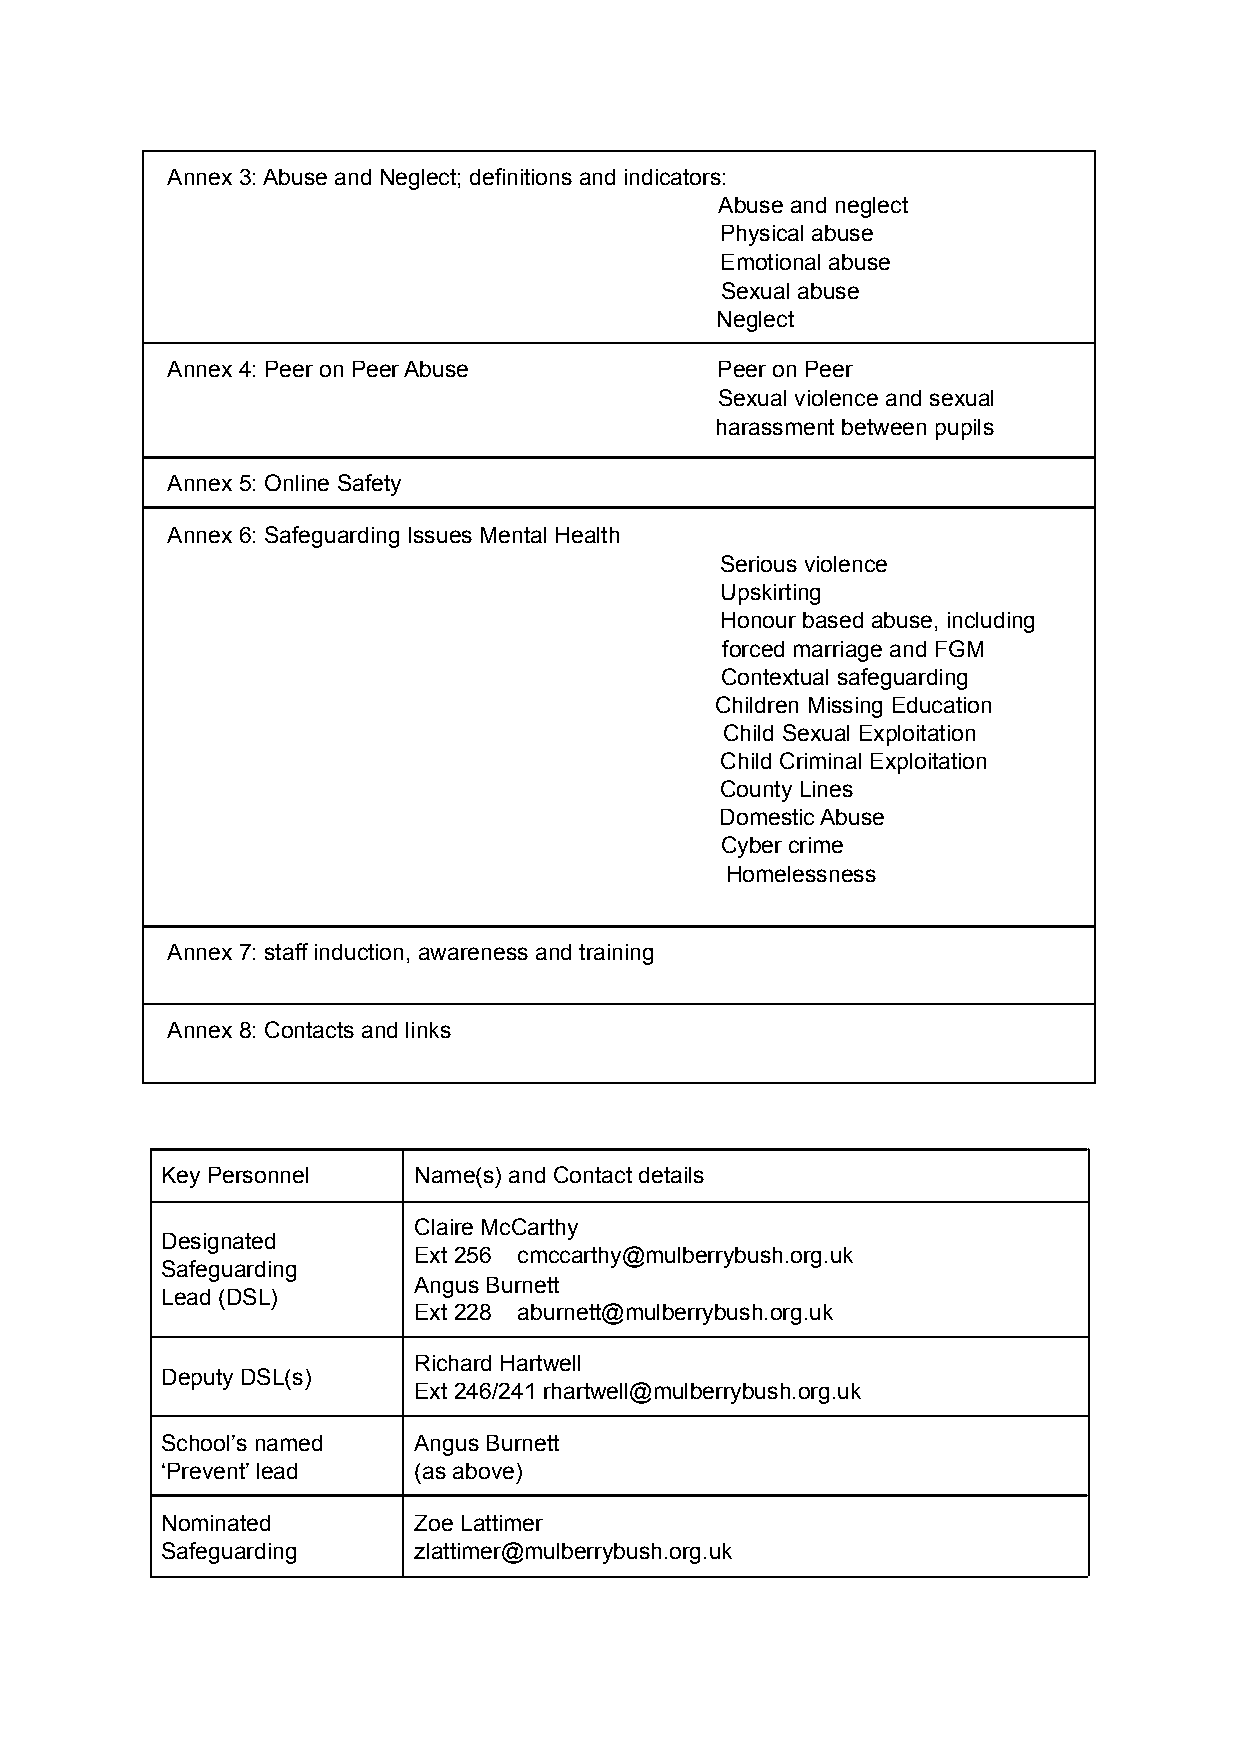
Annex 3: Abuse and Neglect; definitions and indicators:
 Abuse and neglect
 Physical abuse
 Emotional abuse
 Sexual abuse
 Neglect
 Annex 4: Peer on Peer Abuse         Peer on Peer
 Sexual violence and sexual
 harassment between pupils
 Annex 5: Online Safety
 Annex 6: Safeguarding Issues Mental Health
 Serious violence
 Upskirting
 Honour based abuse, including
 forced marriage and FGM
 Contextual safeguarding
 Children Missing Education
 Child Sexual Exploitation
 Child Criminal Exploitation
 County Lines
 Domestic Abuse
 Cyber crime
 Homelessness
 Annex 7: staff induction, awareness and training
 Annex 8: Contacts and links
 Key Personnel   Name(s) and Contact details
 Claire McCarthy
 Designated
 Ext 256 cmccarthy@mulberrybush.org.uk
 Safeguarding
 Angus Burnett
 Lead (DSL)
 Ext 228 aburnett@mulberrybush.org.uk
 Richard Hartwell
 Deputy DSL(s)
 Ext 246/241 rhartwell@mulberrybush.org.uk
 School’s named  Angus Burnett
 ‘Prevent’ lead  (as above)
 Nominated       Zoe Lattimer
 Safeguarding    zlattimer@mulberrybush.org.uk